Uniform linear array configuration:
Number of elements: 24
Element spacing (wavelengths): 0.5
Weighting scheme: hamming
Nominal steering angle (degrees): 15
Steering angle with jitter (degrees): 15.569
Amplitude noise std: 0.05
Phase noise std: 0.05

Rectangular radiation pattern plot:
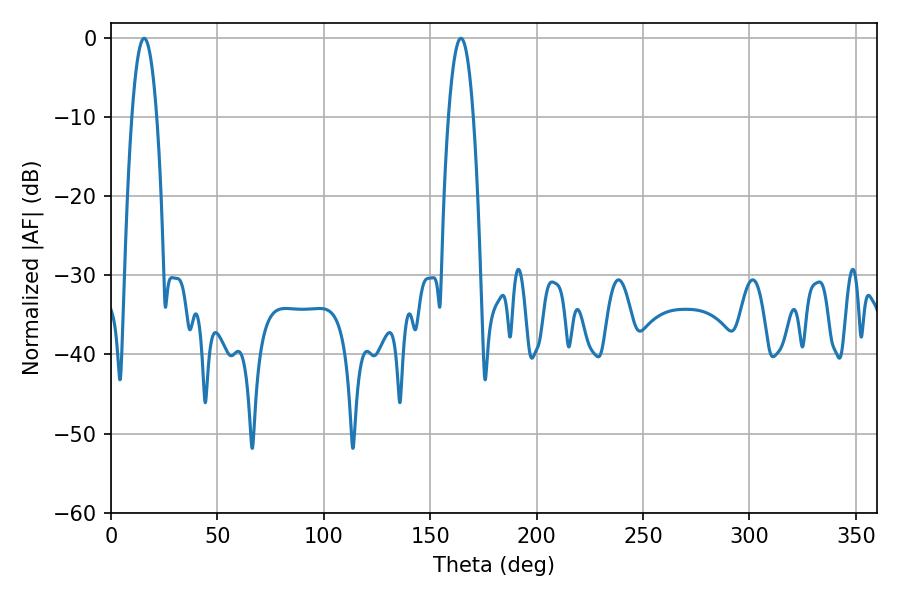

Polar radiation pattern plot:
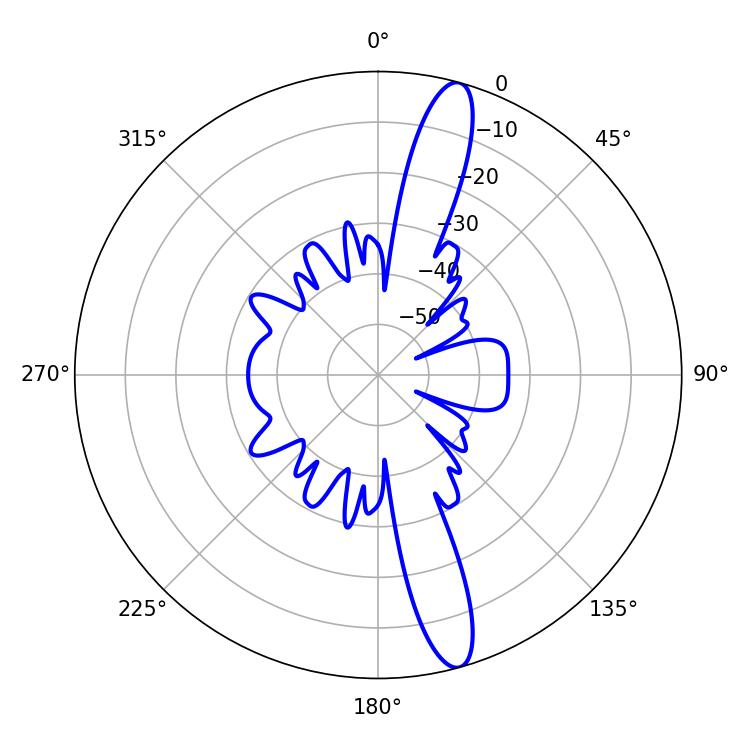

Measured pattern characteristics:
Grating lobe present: FALSE
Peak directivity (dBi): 14.884
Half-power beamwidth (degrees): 6.48
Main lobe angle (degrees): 15.48